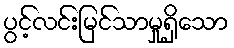
ပွင့်လင်းမြင်သာမှုရှိသော